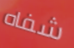
شفاه